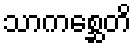
သာကစ္ဆေတိ